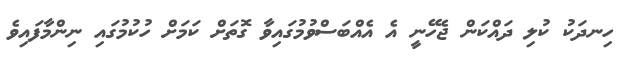
ހިނދަކު ކުލި ދައްކަން ޖެހޭނީ އެ އެއްބަސްވުމުގައިވާ ގޮތަށް ކަމަށް ހުކުމުގައި ނިންމާފައިވެ